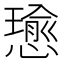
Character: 𢢭